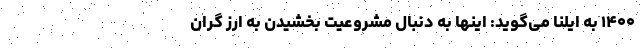
۱۴۰۰ به ایلنا می‌گوید: اینها به دنبال مشروعیت بخشیدن به ارز گران